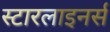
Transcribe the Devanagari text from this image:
स्टारलाइनर्स